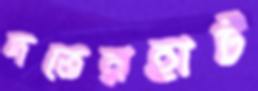
দত্তেরহাট